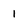
Character: 1